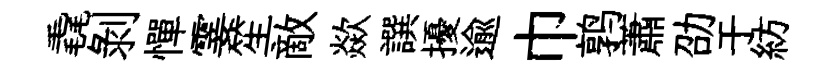
毳剝憚霎笙敵歘譔擾逾巾鹑蕭劭于紡